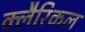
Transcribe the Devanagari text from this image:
क्लैरिकल